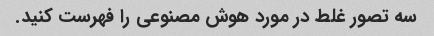
سه تصور غلط در مورد هوش مصنوعی را فهرست کنید.